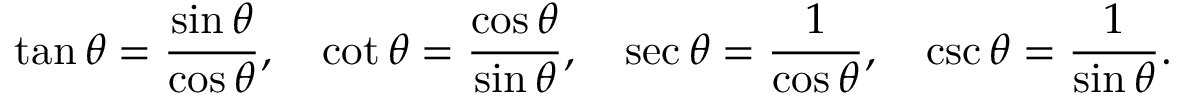
\tan \theta = { \frac { \sin \theta } { \cos \theta } } , \quad \cot \theta = { \frac { \cos \theta } { \sin \theta } } , \quad \sec \theta = { \frac { 1 } { \cos \theta } } , \quad \csc \theta = { \frac { 1 } { \sin \theta } } .